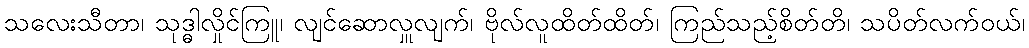
သလေးသီတာ၊ သုဒ္ဓါလှိုင်ကြူ၊ လျင်ဆောလှူလျက်၊ ဗိုလ်လူထိတ်ထိတ်၊ ကြည်သည့်စိတ်တိ၊ သပိတ်လက်ဝယ်၊